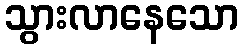
သွားလာနေသော